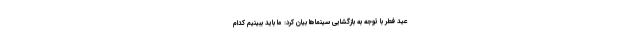
عید فطر با توجه به بازگشایی سینماها بیان کرد: ما باید ببینیم کدام